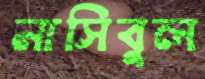
নাসিবুল